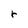
Character: r